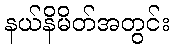
နယ်နိမိတ်အတွင်း